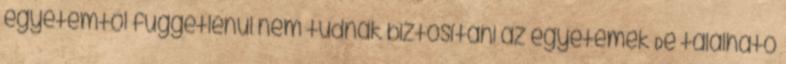
egyetemtől függetlenül nem tudnak biztosítani az egyetemek De található